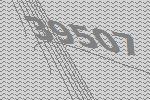
39507